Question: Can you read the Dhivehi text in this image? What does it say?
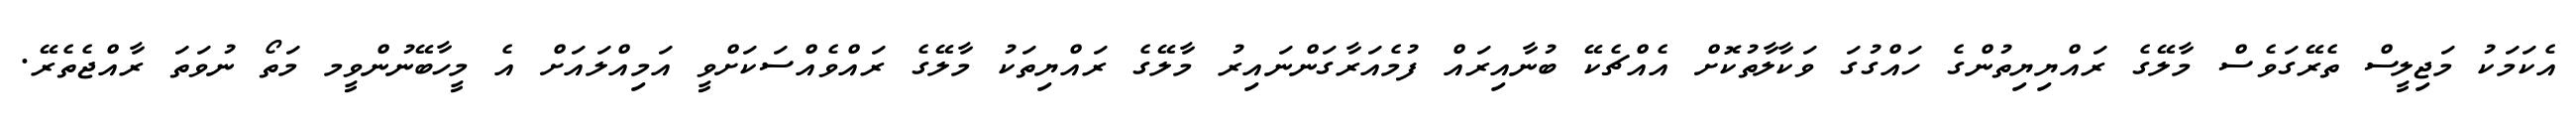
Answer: އެކަމަކު މަޖިލީސް ތެރޭގަވެސް މާލޭގެ ރައްޔިޔިތުންގެ ހައްގުގަ ވަކާލާތުކޮށް އެއްޗެކޭ ބުނާއިރައް ފުމެއަރާގަންނައިރު މާލޭގެ ރައްޔިތަކު މާލޭގެ ރައްވެއްސަކަށްވީ އަމިއްލައަށް އެ މީހާބޭނުންވީމ މަތޯ ނުވަތަ ރާއްޖެތެރޭ.